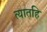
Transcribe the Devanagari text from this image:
त्यातहि